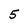
Character: 5